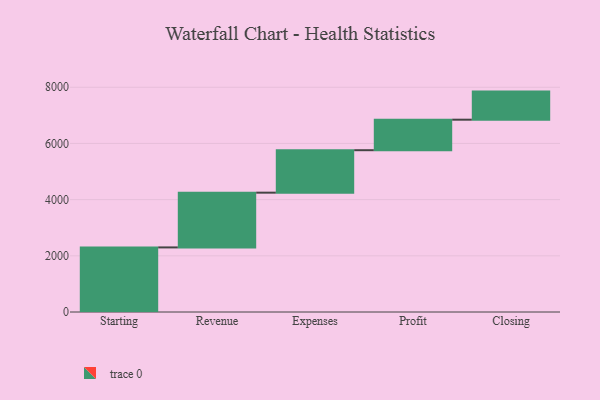
{"axis": {"x": "Step", "y": "Value"}, "legend": [""], "data": [{"x": "Starting", "y": 2299.0, "type": ""}, {"x": "Revenue", "y": 1949.0, "type": ""}, {"x": "Expenses", "y": 1511.0, "type": ""}, {"x": "Profit", "y": 1086.0, "type": ""}, {"x": "Closing", "y": 1000, "type": ""}]}